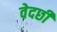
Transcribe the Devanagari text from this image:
वेदछी